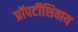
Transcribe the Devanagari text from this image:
प्रॉपर्टीशिवाय